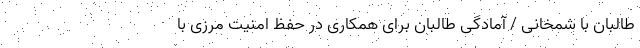
طالبان با شمخانی / آمادگی طالبان برای همکاری در حفظ امنیت مرزی با